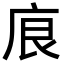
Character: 㡾